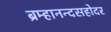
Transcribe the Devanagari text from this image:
ब्रम्हानन्दसहोदर